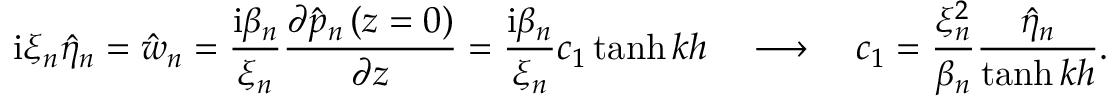
\mathrm { i } \xi _ { n } \hat { \eta } _ { n } = \hat { w } _ { n } = \frac { \mathrm { i } \beta _ { n } } { \xi _ { n } } \frac { \partial \hat { p } _ { n } \left( z = 0 \right) } { \partial z } = \frac { \mathrm { i } \beta _ { n } } { \xi _ { n } } c _ { 1 } \operatorname { t a n h } { k h } \ \ \ \longrightarrow \ \ \ c _ { 1 } = \frac { \xi _ { n } ^ { 2 } } { \beta _ { n } } \frac { \hat { \eta } _ { n } } { \operatorname { t a n h } { k h } } .